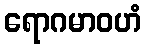
ရောဂမာဝဟံ